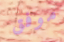
موفق